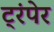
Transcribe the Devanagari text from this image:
ट्रंपेर